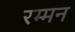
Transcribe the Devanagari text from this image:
रम्मन